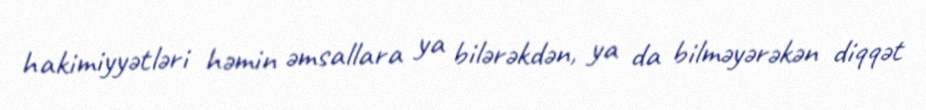
hakimiyyətləri həmin əmsallara ya bilərəkdən, ya da bilməyərəkən diqqət